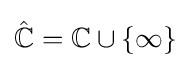
{\hat {\mathbb {C} }}=\mathbb {C} \cup \{\infty \}